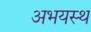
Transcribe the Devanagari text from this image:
अभयस्थ